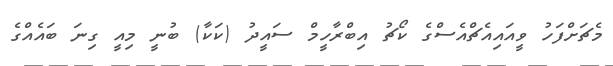
މެޗަށްފަހު ވީއައިއެޗްއެސްގެ ކޯޗު އިބްރާހީމް ސައީދު (ކަކާ) ބުނީ މިއީ ގިނަ ބައެއްގެ